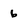
Character: 6